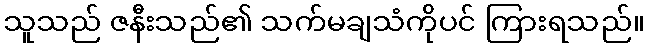
သူသည် ဇနီးသည်၏ သက်မချသံကိုပင် ကြားရသည်။